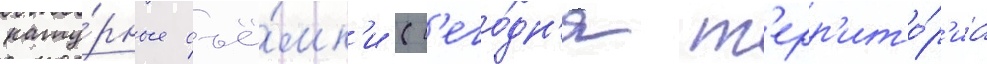
нату́рные съё́мк'и (с'его́дн'я т'ерр'ито́р'иа